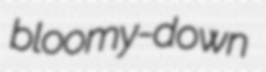
bloomy-down